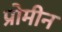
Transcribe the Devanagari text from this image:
प्रोमीन